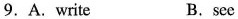
9. A. Write B. see